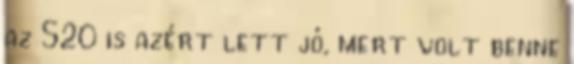
az S20 is azért lett jó, mert volt benne